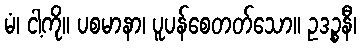
မံ၊ ငါ့ကို။ ပစမာနာ၊ ပူပန်စေတတ်သော။ ဥဒဉ္စနီ၊